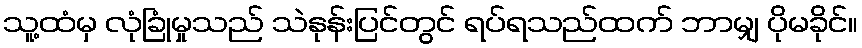
သူ့ထံမှ လုံခြုံမှုသည် သဲနုန်းပြင်တွင် ရပ်ရသည်ထက် ဘာမျှ ပိုမခိုင်။